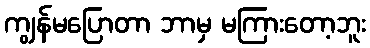
ကျွန်မပြောတာ ဘာမှ မကြားတော့ဘူး